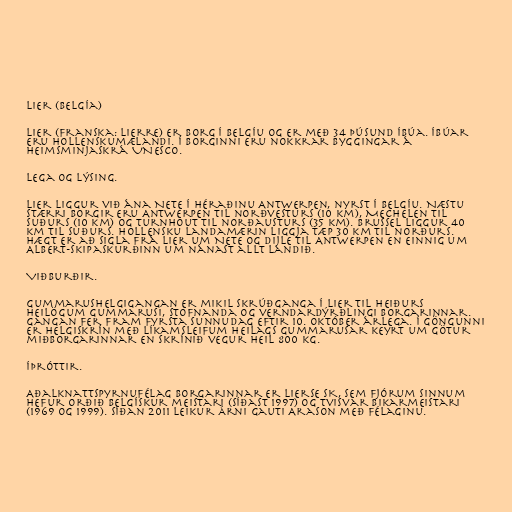
Lier (Belgía)

Lier (franska: Lierre) er borg í Belgíu og er með 34 þúsund íbúa. Íbúar
eru hollenskumælandi. Í borginni eru nokkrar byggingar á
heimsminjaskrá UNESCO.

Lega og lýsing.

Lier liggur við ána Nete í héraðinu Antwerpen, nyrst í Belgíu. Næstu
stærri borgir eru Antwerpen til norðvesturs (10 km), Mechelen til
suðurs (10 km) og Turnhout til norðausturs (35 km). Brussel liggur 40
km til suðurs. Hollensku landamærin liggja tæp 30 km til norðurs.
Hægt er að sigla frá Lier um Nete og Dijle til Antwerpen en einnig um
Albert-skipaskurðinn um nánast allt landið.

Viðburðir.

Gummarushelgigangan er mikil skrúðganga í Lier til heiðurs
heilögum Gummarusi, stofnanda og verndardýrðlingi borgarinnar.
Gangan fer fram fyrsta sunnudag eftir 10. október árlega. Í göngunni
er helgiskrín með líkamsleifum heilags Gummarusar keyrt um götur
miðborgarinnar en skrínið vegur heil 800 kg.

Íþróttir.

Aðalknattspyrnufélag borgarinnar er Lierse SK, sem fjórum sinnum
hefur orðið belgískur meistari (síðast 1997) og tvisvar bikarmeistari
(1969 og 1999). Síðan 2011 leikur Árni Gauti Arason með félaginu.